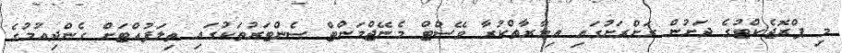
މި ޕްރޮޖެކްޓުގެ ދަށުން ރަށްރަށުގައި އިމާރާތްކުރާ ވޭސްޓް މެނޭޖްމަންޓް ސެންޓަރުތަކުގައި ތިލަފުއްޓަށް ގެންދިއުމުގެ